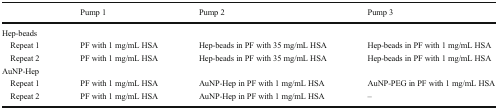
|  | Pump 1 | Pump 2 | Pump 3 |
 | --- | --- | --- | --- |
 | <COLSPAN=4> Hep-beads |
 | Repeat 1 | PF with 1 mg/mL HSA | Hep-beads in PF with 35 mg/mL HSA | Hep-beads in PF with 1 mg/mL HSA |
 | Repeat 2 | PF with 1 mg/mL HSA | Hep-beads in PF with 35 mg/mL HSA | Hep-beads in PF with 1 mg/mL HSA |
 | <COLSPAN=4> AuNP-Hep |
 | Repeat 1 | PF with 1 mg/mL HSA | AuNP-Hep in PF with 1 mg/mL HSA | AuNP-PEG in PF with 1 mg/mL HSA |
 | Repeat 2 | PF with 1 mg/mL HSA | AuNP-Hep in PF with 1 mg/mL HSA | – |